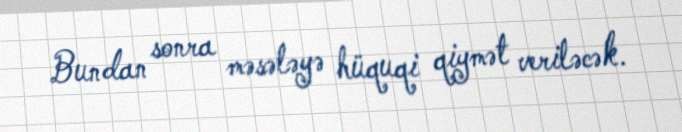
Bundan sonra məsələyə hüquqi qiymət veriləcək.